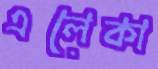
এলেকা